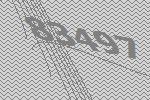
83497